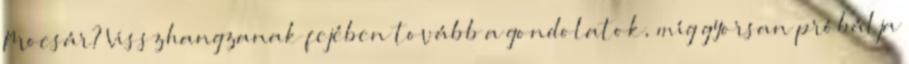
Mocsár? Visszhangzanak fejében tovább a gondolatok, míg gyorsan próbálja